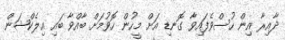
ދާއިރާ އިން ހުސްވެފައިވާ ގޮނޑި އަށް މީހުން ހޮވުމަށް ބާއްވާ ބައި އިލެކްޝަން